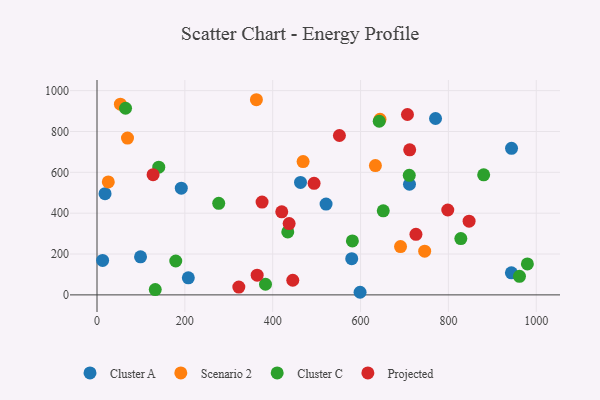
{"axis": {"x": "Investment", "y": "Demand"}, "legend": ["Cluster A", "Cluster C", "Projected", "Scenario 2"], "data": [{"x": "18.3", "y": 495.3, "type": "Cluster A"}, {"x": "598.9", "y": 12.8, "type": "Cluster A"}, {"x": "99.1", "y": 186.2, "type": "Cluster A"}, {"x": "521.5", "y": 444.6, "type": "Cluster A"}, {"x": "207.9", "y": 83.4, "type": "Cluster A"}, {"x": "711.4", "y": 541.6, "type": "Cluster A"}, {"x": "579.9", "y": 177.2, "type": "Cluster A"}, {"x": "12.8", "y": 168.6, "type": "Cluster A"}, {"x": "770.7", "y": 863.4, "type": "Cluster A"}, {"x": "943.4", "y": 108.0, "type": "Cluster A"}, {"x": "463.3", "y": 550.5, "type": "Cluster A"}, {"x": "191.9", "y": 522.6, "type": "Cluster A"}, {"x": "943.7", "y": 717.3, "type": "Cluster A"}, {"x": "53.3", "y": 933.7, "type": "Scenario 2"}, {"x": "644.3", "y": 859.7, "type": "Scenario 2"}, {"x": "469.2", "y": 652.4, "type": "Scenario 2"}, {"x": "362.9", "y": 955.4, "type": "Scenario 2"}, {"x": "25.7", "y": 553.2, "type": "Scenario 2"}, {"x": "746.0", "y": 214.1, "type": "Scenario 2"}, {"x": "69.4", "y": 767.8, "type": "Scenario 2"}, {"x": "633.8", "y": 633.2, "type": "Scenario 2"}, {"x": "691.0", "y": 236.5, "type": "Scenario 2"}, {"x": "277.1", "y": 448.2, "type": "Cluster C"}, {"x": "434.3", "y": 308.4, "type": "Cluster C"}, {"x": "710.9", "y": 585.2, "type": "Cluster C"}, {"x": "140.6", "y": 625.3, "type": "Cluster C"}, {"x": "642.5", "y": 850.1, "type": "Cluster C"}, {"x": "179.3", "y": 166.0, "type": "Cluster C"}, {"x": "979.8", "y": 151.4, "type": "Cluster C"}, {"x": "65.0", "y": 913.7, "type": "Cluster C"}, {"x": "132.6", "y": 25.9, "type": "Cluster C"}, {"x": "383.6", "y": 52.1, "type": "Cluster C"}, {"x": "880.3", "y": 588.0, "type": "Cluster C"}, {"x": "961.8", "y": 90.9, "type": "Cluster C"}, {"x": "651.7", "y": 411.5, "type": "Cluster C"}, {"x": "828.3", "y": 275.8, "type": "Cluster C"}, {"x": "581.4", "y": 264.3, "type": "Cluster C"}, {"x": "364.6", "y": 96.5, "type": "Projected"}, {"x": "375.8", "y": 454.5, "type": "Projected"}, {"x": "711.9", "y": 709.9, "type": "Projected"}, {"x": "726.1", "y": 296.7, "type": "Projected"}, {"x": "127.7", "y": 588.7, "type": "Projected"}, {"x": "445.7", "y": 71.6, "type": "Projected"}, {"x": "847.1", "y": 361.0, "type": "Projected"}, {"x": "551.9", "y": 780.3, "type": "Projected"}, {"x": "798.6", "y": 415.5, "type": "Projected"}, {"x": "437.4", "y": 349.2, "type": "Projected"}, {"x": "706.8", "y": 883.1, "type": "Projected"}, {"x": "322.9", "y": 38.4, "type": "Projected"}, {"x": "494.2", "y": 546.3, "type": "Projected"}, {"x": "420.6", "y": 406.8, "type": "Projected"}]}